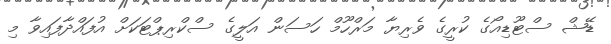
ޑޭޝް ސްޓޫޑިއޯގެ ކުރީގެ ވެރިޔާ މަރްހޫމް ހަސަން އަލީގެ ސްކްރިޕްޓަކަށް އުފައްދާފައިވާ މި